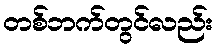
တစ်ဘက်တွင်လည်း